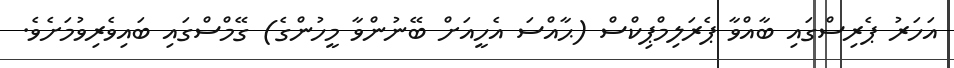
އަހަރު ޕެރިސްގައި ބާއްވާ ޕެރަލިމްޕިކްސް (ޙާއްސަ އެހީއަށް ބޭނުންވާ މީހުންގެ) ގޭމްސްގައި ބައިވެރިވުމަށެވެ.